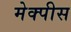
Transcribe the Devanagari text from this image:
मेक्पीस